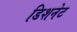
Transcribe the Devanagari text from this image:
डिशनेट